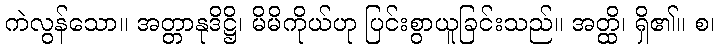
ကဲလွန်သော။ အတ္တာနုဒိဋ္ဌိ၊ မိမိကိုယ်ဟု ပြင်းစွာယူခြင်းသည်။ အတ္ထိ၊ ရှိ၏။ စ၊